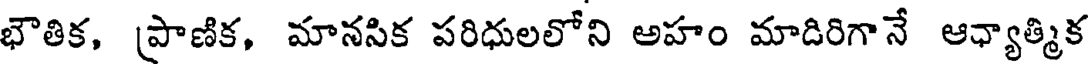
భౌతిక, ప్రాణిక, మానసిక పరిధులలోని అహం మాదిరిగానే ఆధ్యాత్మిక